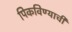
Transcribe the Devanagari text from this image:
पिकविण्याची